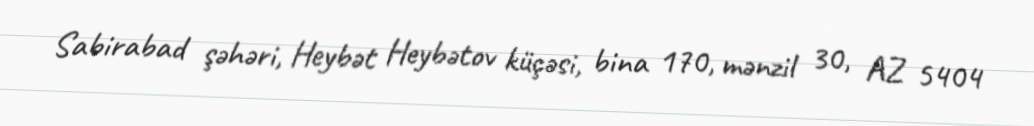
Sabirabad şəhəri, Heybət Heybətov küçəsi, bina 170, mənzil 30, AZ 5404